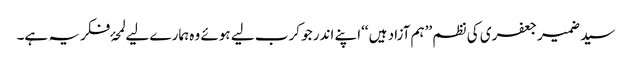
سید ضمیر جعفری کی نظم ’’ہم آزاد ہیں ‘‘اپنے اندر جو کرب لیے ہوئے وہ ہمارے لیے لمحۂ فکریہ ہے۔